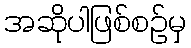
အဆိုပါဖြစ်စဉ်မှ